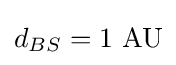
d_{BS}=1{\text{ AU}}